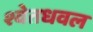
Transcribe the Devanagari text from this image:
श्वेतधवल